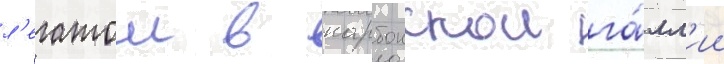
л'егатом в нарбонскои га́лл'ии